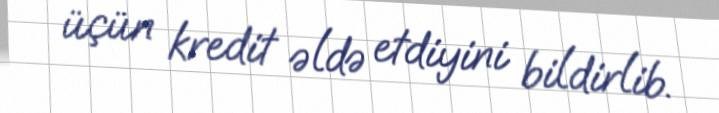
üçün kredit əldə etdiyini bildirlib.